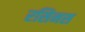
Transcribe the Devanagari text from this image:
रसिनस